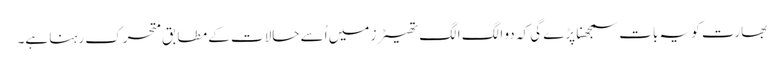
بھارت کو یہ بات سمجھنا پڑے گی کہ دو الگ الگ تھیٹرز میں اُسے حالات کے مطابق متحرک رہنا ہے۔